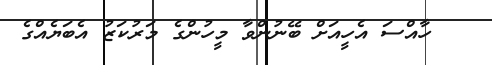
ހާއްސަ އެހީއަށް ބޭނުންވާ މީހުންގެ މަރުކަޒު އެބަޔެއްގެ